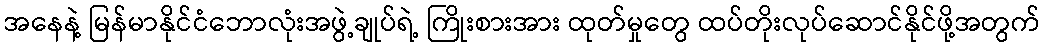
အနေနဲ့ မြန်မာနိုင်ငံဘောလုံးအဖွဲ့ချုပ်ရဲ့ ကြိုးစားအား ထုတ်မှုတွေ ထပ်တိုးလုပ်ဆောင်နိုင်ဖို့အတွက်